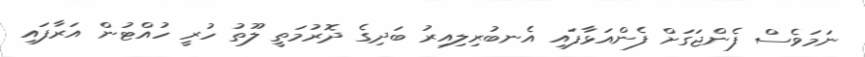
ނަމަވެސް ފެންޖަގަށް ފެންއަޅާފައި އެނބުރިލިއިރު ބަދިގެ ދޮރުމަތީ ލޫތު ހުރީ ހުއްޓުން އަރާފައި